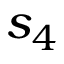
s _ { 4 }